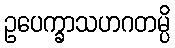
ဥပေက္ခာသဟဂတမ္ပိ